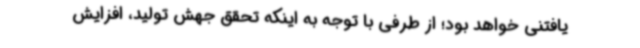
یافتنی خواهد بود؛ از طرفی با توجه به اینکه تحقق جهش تولید، افزایش